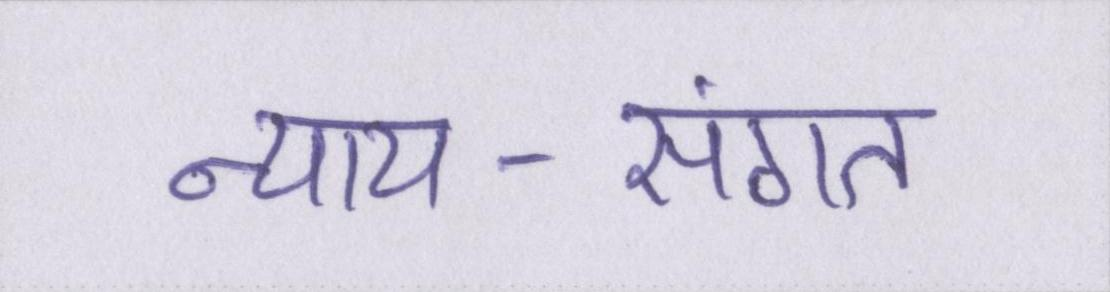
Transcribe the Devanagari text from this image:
न्याय-संगत